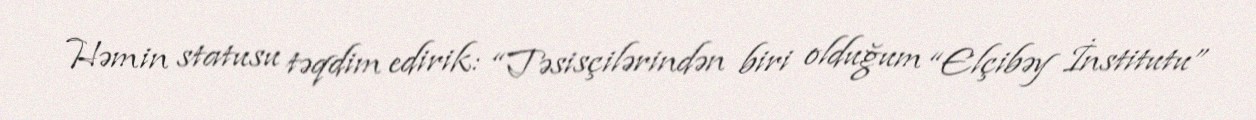
Həmin statusu təqdim edirik: “Təsisçilərindən biri olduğum “Elçibəy İnstitutu”